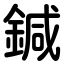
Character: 鍼